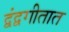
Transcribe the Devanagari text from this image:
द्वंद्वगीतात